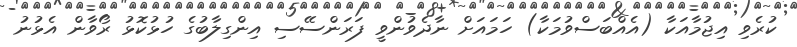
ކުރެވި އިޖުމާއަކާ (އެއްބަސްވުމަކާ) ހަމައަށް ނާދެވުންވީ ފަރަންސޭސި އިންގިލާބުގެ ހުޅުކޮޅު ރޯވާން އެޅުނު